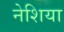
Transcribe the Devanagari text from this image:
नेशिया